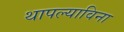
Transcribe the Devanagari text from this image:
थापल्याविना